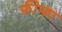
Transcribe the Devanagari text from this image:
फ़ीफा